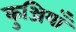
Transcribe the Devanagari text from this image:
कुञ्जियाँ